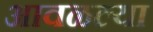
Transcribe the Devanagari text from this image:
आवळल्या